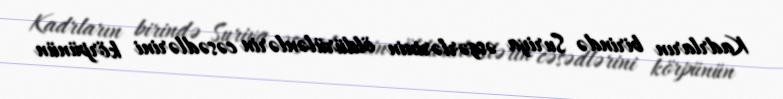
Kadrların birində Suriya əsgərlərinin öldürülənlərin cəsədlərini körpünün